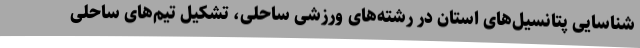
شناسایی پتانسیل‌های استان در رشته‌های ورزشی ساحلی، تشکیل تیم‌های ساحلی